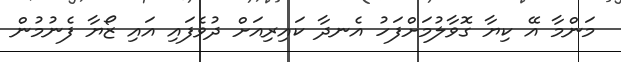
މަަންމާ އޭ ކިޔާ ގޮވާލުމަށްފަހު އެނދާ ކައިރިއަށް ދުވެފައި އައި ޒޯޔާ ފެނުމުން